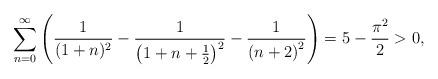
LaTeX: \begin{align*}\sum_{n=0}^\infty\left(\frac{1}{(1+n)^2}-\frac{1}{\left(1+n+\frac{1}{2}\right)^2}-\frac{1}{\left(n+2\right)^2}\right) = 5-\frac{\pi^2}{2}>0,\end{align*}